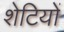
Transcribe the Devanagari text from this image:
शेटियों